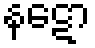
နဋော